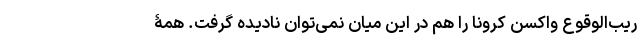
ریب‌الوقوع واکسن کرونا را هم در این میان نمی‌توان نادیده گرفت. همۀ